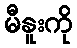
မီနူးကို